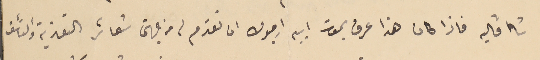
شاڤاليه فاذا كان هذا عرف بموت ابيه ارجوك ان تقدم له من جهتى شعائر التعزية والتأسف